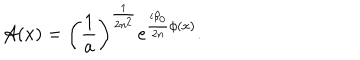
{ \cal A } ( x ) = \left( \frac { 1 } { a } \right) ^ { \frac { 1 } { 2 n ^ { 2 } } } e ^ { \frac { i \beta _ { 0 } } { 2 n } \phi ( x ) } .